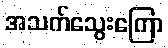
အသက်သွေးကြော